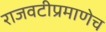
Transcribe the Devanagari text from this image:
राजवटीप्रमाणेच